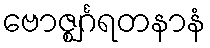
ဗောဇ္ဈင်္ဂရတနာနံ